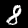
Digit: 8